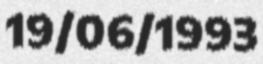
19/06/1993